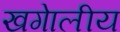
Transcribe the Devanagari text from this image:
खगेालीय